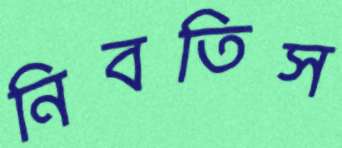
নিবতিস